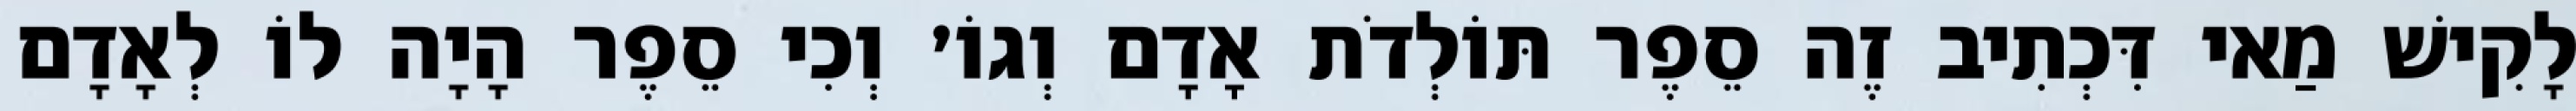
לָקִישׁ מַאי דִּכְתִיב זֶה סֵפֶר תּוֹלְדֹת אָדָם וְגוֹ׳ וְכִי סֵפֶר הָיָה לוֹ לְאָדָם